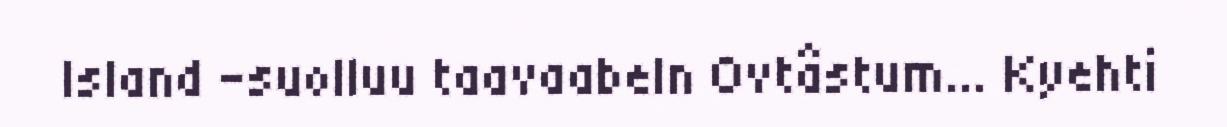
Island -suolluu taavaabeln Ovtâstum... Kyehti